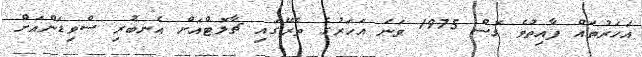
އަހަރުތައް ފާއިތުވެ ގޮސް 1975 ވަނަ އަހަރުގެ ތެރޭގައި ޗާލޮޓްއަށް އެނބުރި ސްވިޑަންއަށް